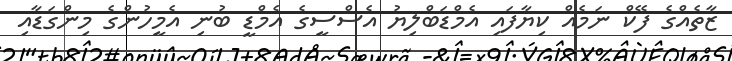
ޒާތެއްގެ ފޭކް ނަމެއް ކިޔާފައި އެމްޑަބްލިޔު އެސްސީގެ އެމްޑީ ބުނި އެމީހުންގެ މިންގަޑާއި